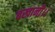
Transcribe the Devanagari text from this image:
बखानी।।